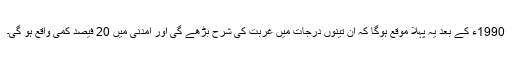
1990ء کے بعد یہ پہلا موقع ہوگا کہ ان تینوں درجات میں غربت کی شرح بڑھے گی اور آمدنی میں 20 فیصد کمی واقع ہو گی۔